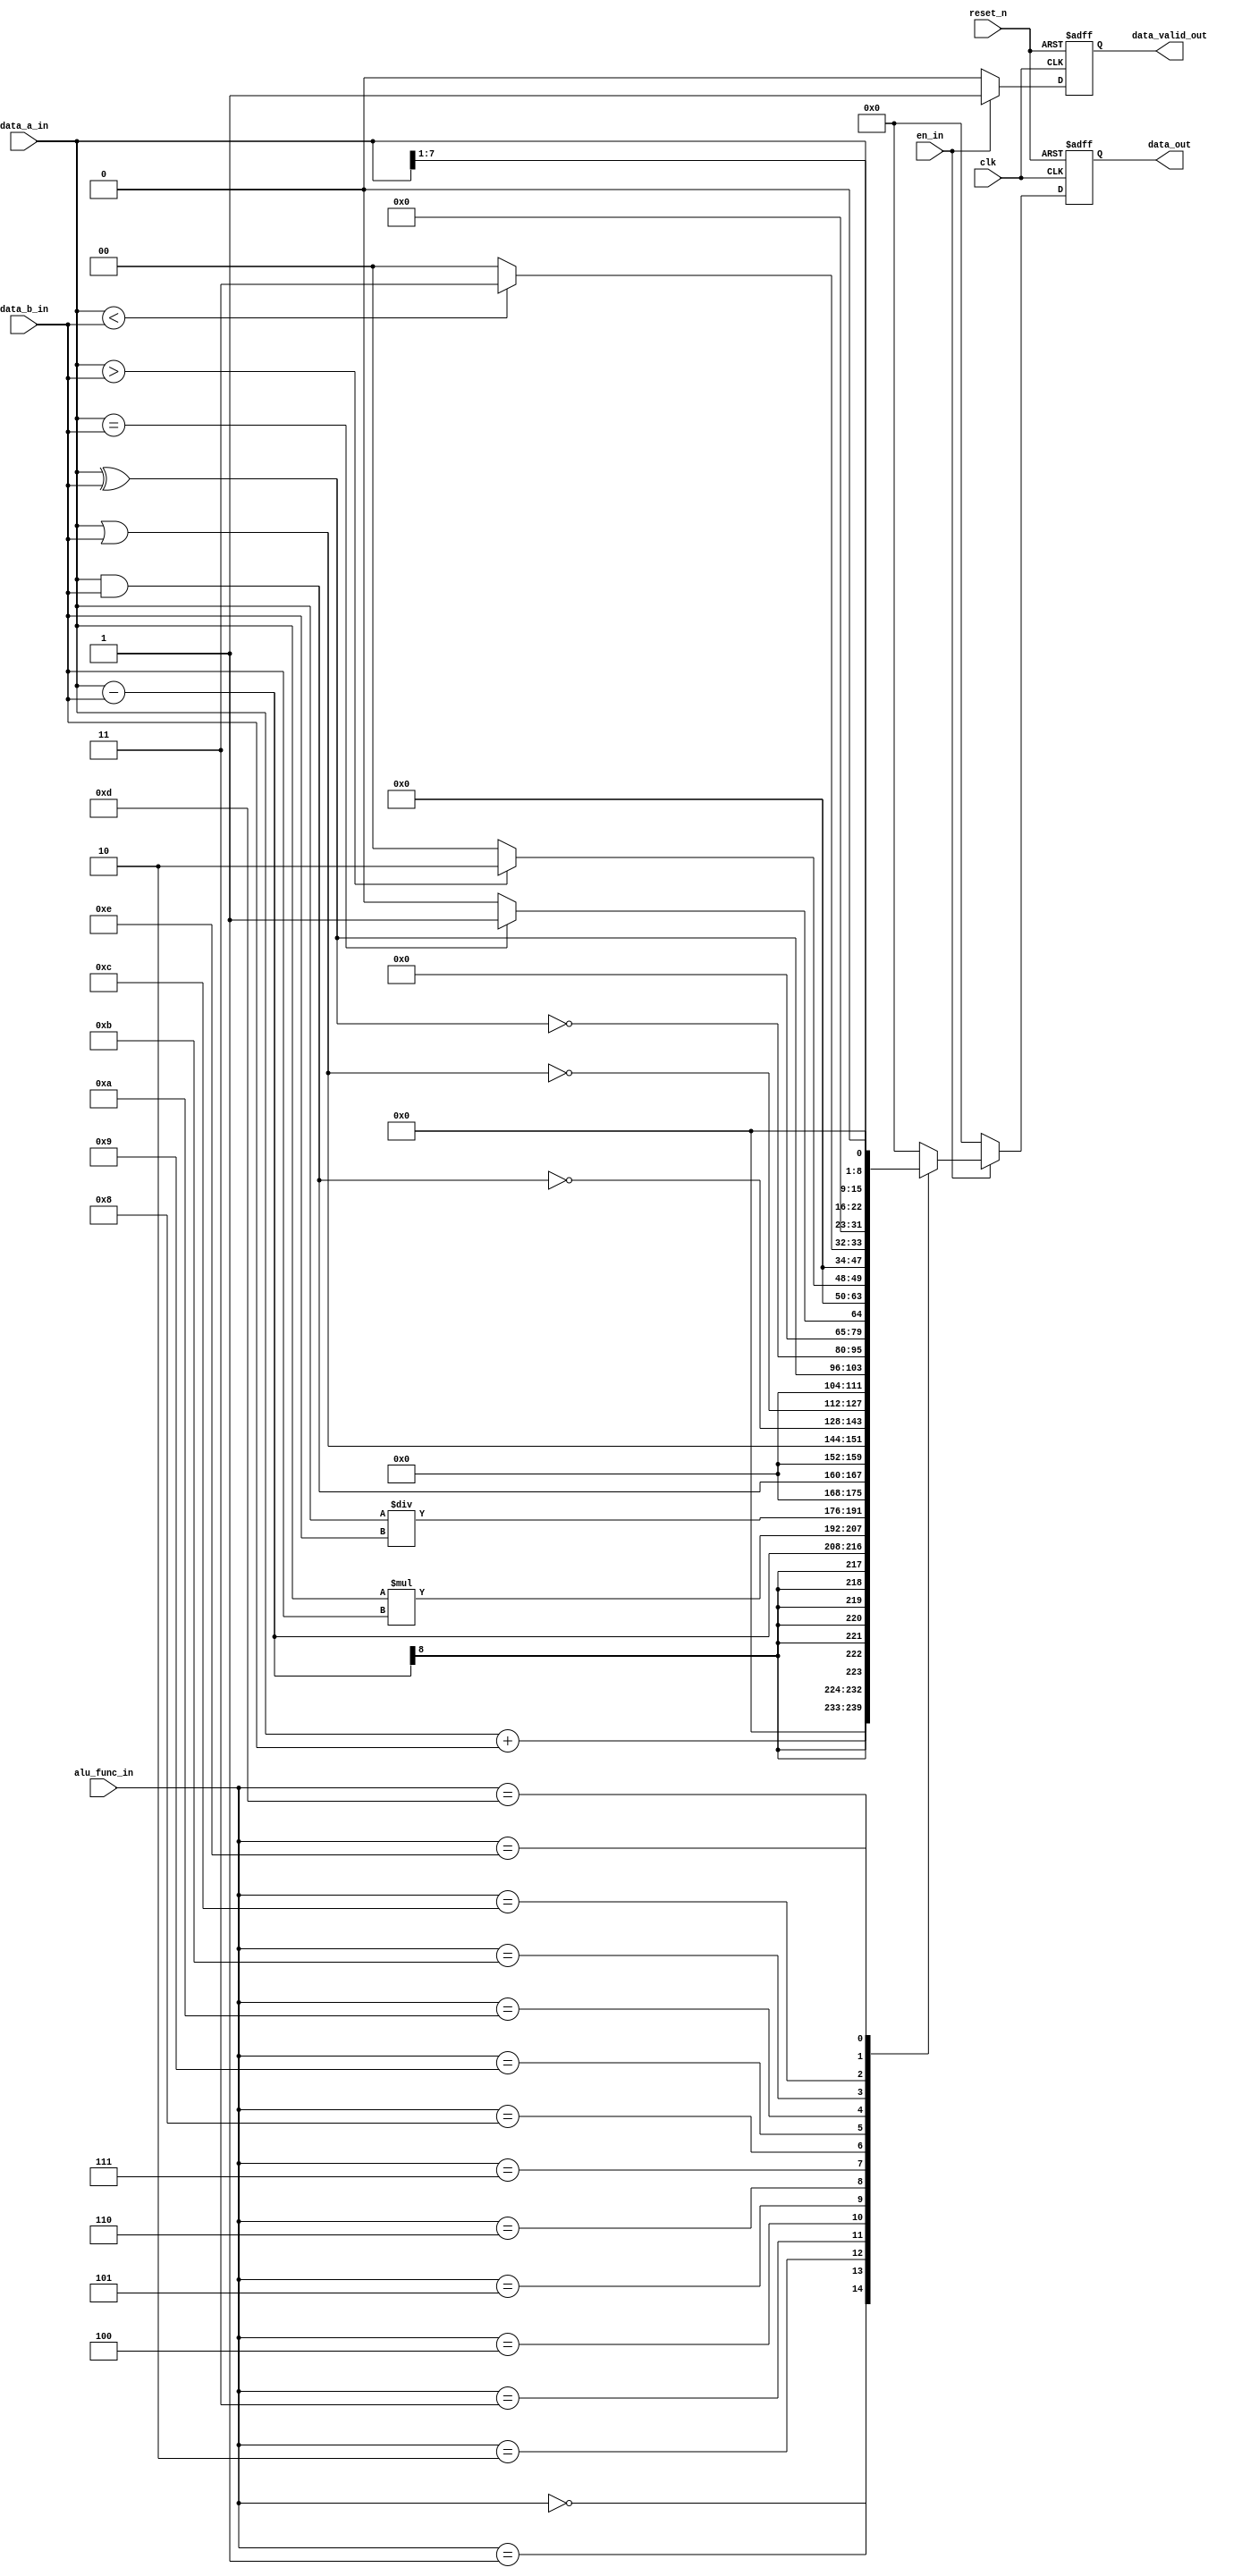
module alu #( parameter DATA_IN_WIDTH = 8,
           DATA_OUT_WIDTH = DATA_IN_WIDTH*2
)
(
  input wire [DATA_IN_WIDTH-1:0] data_a_in, 
  input wire [DATA_IN_WIDTH-1:0] data_b_in,
  input wire                  en_in,
  input wire [3:0]            alu_func_in,
  input wire                  clk,
  input wire                  reset_n,  
  output reg [DATA_OUT_WIDTH-1:0]  data_out,
  output reg                  data_valid_out  
);
  
//internal_signals  
reg [DATA_OUT_WIDTH-1:0] alu_out_comp;
reg                 alu_out_comp_valid;
  
  
always @(posedge clk or negedge reset_n)
begin
     if(!reset_n)
     begin
          data_out   <= 'b0 ;
          data_valid_out <= 1'b0 ;	
     end
     else 
     begin  
          data_out   <= alu_out_comp ;
          data_valid_out <= alu_out_comp_valid ;
     end	
end  
  
always @(*)
 begin
   alu_out_comp_valid = 1'b0 ;
   alu_out_comp   = 1'b0 ;
   if(en_in)
    begin
          alu_out_comp_valid = 1'b1;
          case (alu_func_in) 
          4'b0000: begin
               alu_out_comp = data_a_in+data_b_in;
          end
          4'b0001: begin
               alu_out_comp = data_a_in-data_b_in;
          end
          4'b0010: begin
               alu_out_comp = data_a_in*data_b_in;
          end
          4'b0011: begin
               alu_out_comp = data_a_in/data_b_in;
          end
          4'b0100: begin
               alu_out_comp = data_a_in & data_b_in;
          end
          4'b0101: begin
               alu_out_comp = data_a_in | data_b_in;
          end
          4'b0110: begin
               alu_out_comp = ~(data_a_in & data_b_in);
          end
          4'b0111: begin
               alu_out_comp = ~ (data_a_in | data_b_in);
          end     
          4'b1000: begin
               alu_out_comp =  (data_a_in ^ data_b_in);
          end
          4'b1001: begin
               alu_out_comp = ~ (data_a_in ^ data_b_in);
          end           
          4'b1010: begin
          if (data_a_in==data_b_in)
               alu_out_comp = 'b1;
          else
               alu_out_comp = 'b0;
          end
          4'b1011: begin
          if (data_a_in>data_b_in)
               alu_out_comp = 'b10;
          else
               alu_out_comp = 'b0;
          end 
          4'b1100: begin
          if (data_a_in<data_b_in)
               alu_out_comp = 'b11;
          else
               alu_out_comp = 'b0;
          end     
          4'b1101: begin
               alu_out_comp = data_a_in>>1;
          end
          4'b1110: begin 
               alu_out_comp = data_a_in<<1;
          end
          default: begin
               alu_out_comp = 'b0;
          end
          endcase
     end
     else
     begin
          alu_out_comp_valid = 1'b0 ;
     end   
end
endmodule